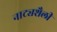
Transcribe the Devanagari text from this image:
नाट्यशैली